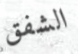
الشفق